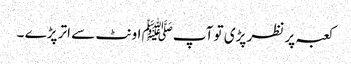
کعبہ پر نظر پڑی تو آپﷺ اونٹ سے اتر پڑے ۔